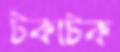
টকাটক